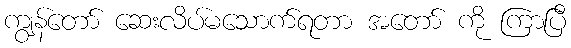
ကျွန်တော် ဆေးလိပ်မသောက်ရတာ အတော် ကို ကြာပြီ